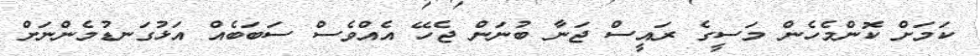
ކަމަށް ކޮންމެހެން މަސީގެ ރައީސް ޖަނާ ބުނަން ޖެހޭ އެއްވެސް ސަބަބެއް އަޅުގަނޑުމެންނަށް